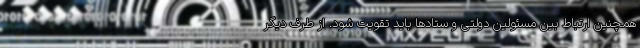
همچنین ارتباط بین مسئولین دولتی و ستادها باید تقویت شود. از طرف دیگر